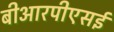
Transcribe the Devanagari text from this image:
बीआरपीएसई